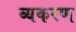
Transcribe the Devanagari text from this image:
व्यकरण